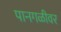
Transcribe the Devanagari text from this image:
पानगळीवर